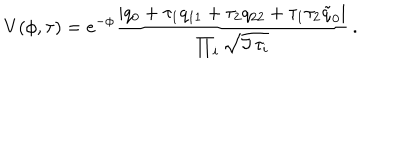
V ( \phi , \tau ) = e ^ { - \phi } { \frac { | q _ { 0 } + \tau _ { 1 } q _ { 1 1 } + \tau _ { 2 } q _ { 2 2 } + \tau _ { 1 } \tau _ { 2 } \tilde { q } _ { 0 } | } { \prod _ { i } \sqrt { \Im \, \tau _ { i } } } } \, .